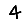
Digit: 4